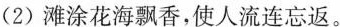
(2)滩涂花海飘香，使人流连忘返。